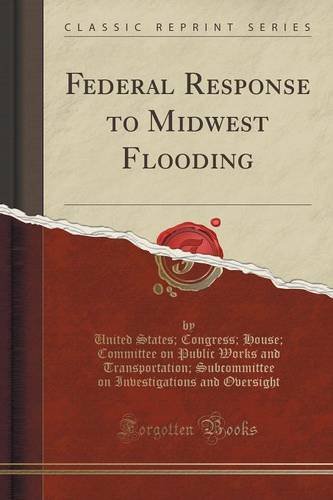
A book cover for Federal Response to Midwest Flooding (Classic Reprint); United States; Congress; Hous Oversight; Business & Money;